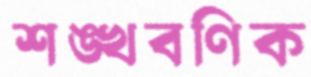
শঙ্খবণিক